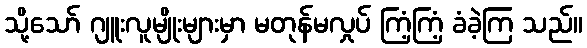
သို့သော် ဂျူးလူမျိုးများမှာ မတုန်မလှုပ် ကြံ့ကြံ့ ခံခဲ့ကြ သည်။